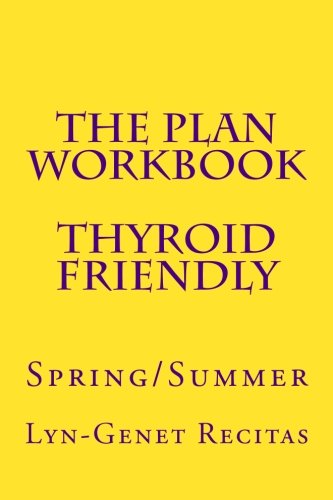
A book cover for The Plan Workbook Thyroid Friendly: Spring/Summer; Lyn-Genet Recitas; Health, Fitness & Dieting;